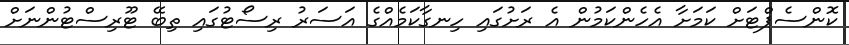
ކޮންސެޕްޓަށް ކަމަށާ އެހެންކަމުން އެ ރަށުގައި ހިނގާކަމެއްގެ އަސަރު ރިސޯޓުގައި ތިބޭ ޓޫރިސްޓުންނަށް